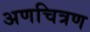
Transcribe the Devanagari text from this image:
अणचित्रण